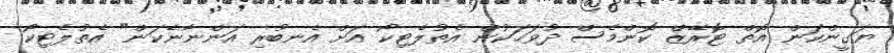
ޔަގީންކަން އޮތް ޓޮރޭޒް ކޮންމެސް ދުވަހަކުން އެތުލެޓިކޯ އަށް އެނބުރި އަންނާނެކަން" އެތުލެޓިކޯ